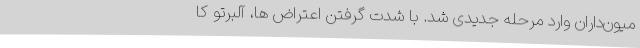
میون‌داران وارد مرحله جدیدی شد. با شدت گرفتن اعتراض ها، آلبرتو کا